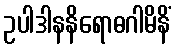
ဥပါဒါနနိရောဓဂါမိနိံ